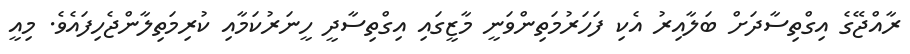
ރާއްޖޭގެ އިގްތިސާދަށް ބަލާއިރު އެކި ފަހަރުމަތިންވަނީ މާޒީގައި އިގްތިސާދީ ހީނަރުކަމާއި ކުރިމަތިލާންޖެހިފައެވެ. މިއީ